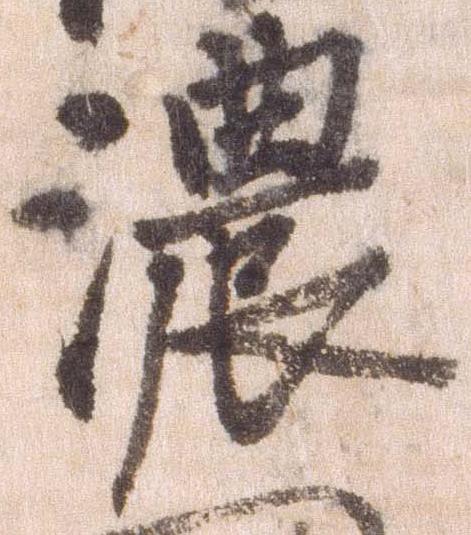
濃